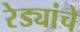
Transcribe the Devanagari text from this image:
रेड्यांचे